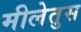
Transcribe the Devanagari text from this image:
मीलेतुस